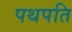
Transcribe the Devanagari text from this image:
पथपति